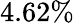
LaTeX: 4.62\%